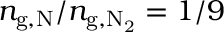
n _ { \mathrm { g , N } } / n _ { \mathrm { g , N _ { 2 } } } = 1 / 9